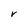
Character: r